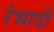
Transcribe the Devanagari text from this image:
रंभादी